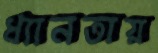
ধ্যানতায়